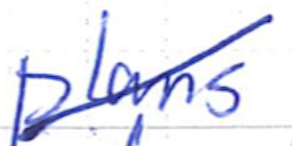
Text: plans
Cross-out: diagonal
Writing tool: ballpoint